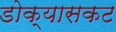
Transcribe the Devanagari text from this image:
डोक्यासकट